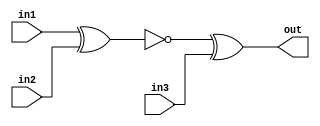
module top_module (
    input in1,
    input in2,
    input in3,
    output out);
    
    wire xnor12;
    
    assign xnor12 = ~(in1^in2);
    assign out = xnor12^in3;
    

endmodule